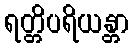
ရတ္တိပရိယန္တာ